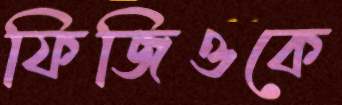
ফিজিওকে